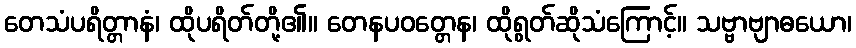
တေသံပရိတ္တာနံ၊ ထိုပရိတ်တို့၏။ တေနပဝတ္တေန၊ ထိုရွတ်ဆိုသံကြောင့်။ သဗ္ဗာဗျာဓယော၊